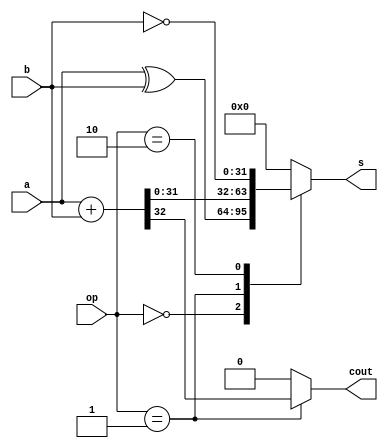


module alu #(parameter W = 32)(
  a, b, s, op, cout
);

  input [W-1:0] a, b;
  input [1:0] op;

  output reg [W-1:0] s;
  output reg cout;
  
  always @ (*) begin 
    casez(op)
      2'b00: begin  // xor
        s <= a ^ b;
        cout <= 1'b0;
      end 
      2'b01 : begin  // add
        {cout, s} <= a + b;
      end 
      2'b10 : begin  // complement
        cout <= 1'b0;
        s <= ~b;
      end
      default: {cout, s} <={(W + 1){1'b0}};
    endcase
  end
  

endmodule